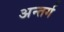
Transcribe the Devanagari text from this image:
अन्तर्ग